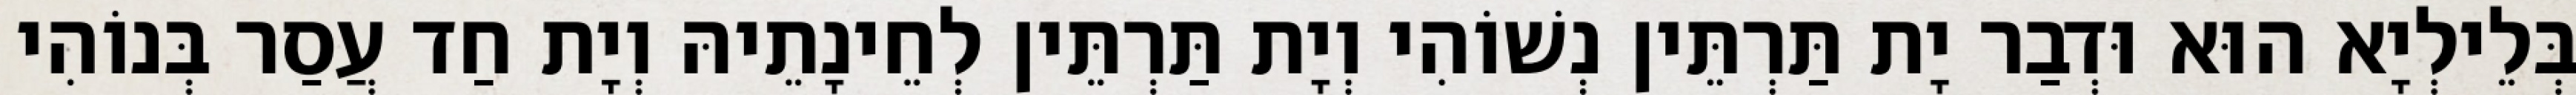
בְּלֵילְיָא הוּא וּדְבַר יָת תַּרְתֵּין נְשׁוֹהִי וְיָת תַּרְתֵּין לְחֵינָתֵיהּ וְיָת חַד עֲסַר בְּנוֹהִי